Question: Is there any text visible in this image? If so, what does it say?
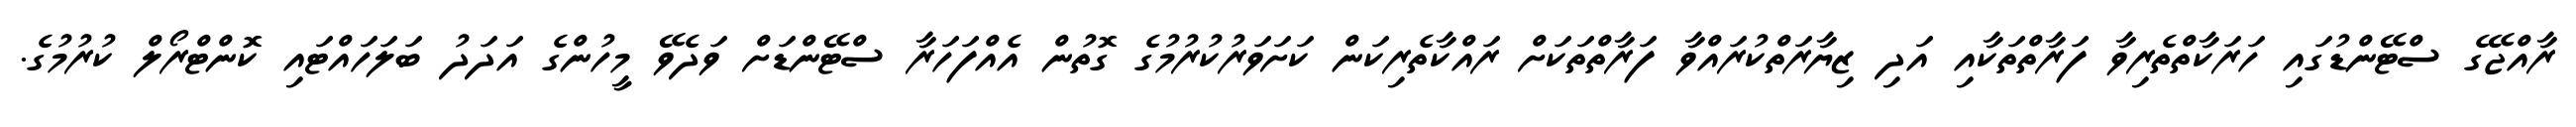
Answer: ރާއްޖޭގެ ސްޓޭންޑުގައި ހަރަކާތްތެރިވާ ފަރާތްތަކާއި އަދި ޒިޔާރަތްކުރައްވާ ފަރާތްތަކަށް ރައްކާތެރިކަން ކަށަވަރުކުރުމުގެ ގޮތުން އެއްފަހަރާ ސްޓޭންޑަށް ވަދެވޭ މީހުންގެ އަދަދު ބަލަހައްޓައި ކޮންޓްރޯލް ކުރުމުގެ.